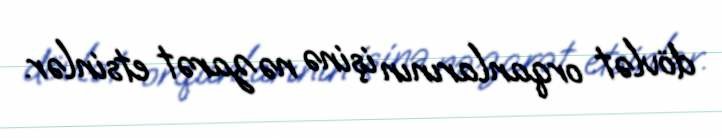
dövlət orqanlarının işinə nəzarət etsinlər.